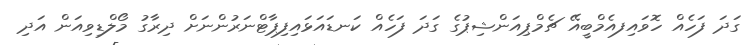
ގަދަ ފަހެއް ހޮވައިފއެމްބީއޭ ޗެމްޕިއަންޝިޕުގެ ގަދަ ފަހެއް ކަނޑައަޅައިފިޕާޓްނަރުންނަށް ދިރާގު މޯލްޑިވިއަން އަދި